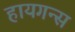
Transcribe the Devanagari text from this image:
हायगन्स